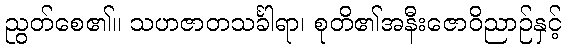
ညွတ်စေ၏။ သဟဇာတသင်္ခါရာ၊ စုတိ၏အနီးဇောဝိညာဉ်နှင့်